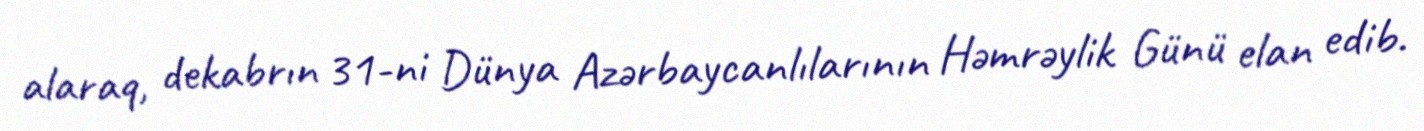
alaraq, dekabrın 31-ni Dünya Azərbaycanlılarının Həmrəylik Günü elan edib.